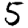
Digit: 5